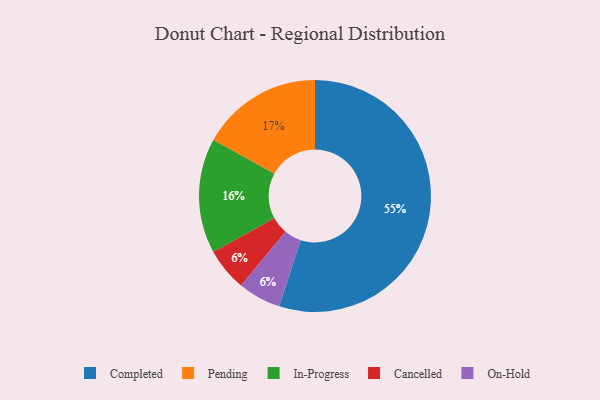
{"axis": {"x": "Category", "y": "Percentage"}, "legend": ["Cancelled", "Completed", "In-Progress", "On-Hold", "Pending"], "data": [{"x": "Completed", "y": 55, "type": "Completed"}, {"x": "Cancelled", "y": 6, "type": "Cancelled"}, {"x": "In-Progress", "y": 16, "type": "In-Progress"}, {"x": "Pending", "y": 17, "type": "Pending"}, {"x": "On-Hold", "y": 6, "type": "On-Hold"}]}